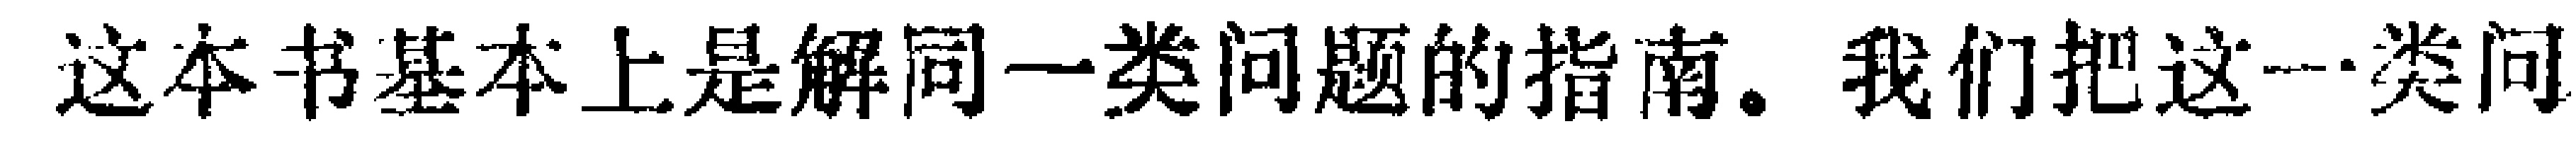
这本书基本上是解同一类问题的指南。我们把这一类问